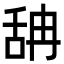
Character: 舑